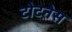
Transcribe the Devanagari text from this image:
टोटनेस